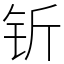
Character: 𬬱